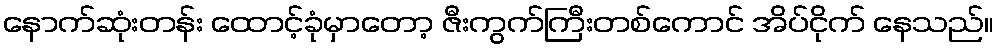
နောက်ဆုံးတန်း ထောင့်ခုံမှာတော့ ဇီးကွက်ကြီးတစ်ကောင် အိပ်ငိုက် နေသည်။